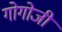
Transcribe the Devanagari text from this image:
गोगोजी